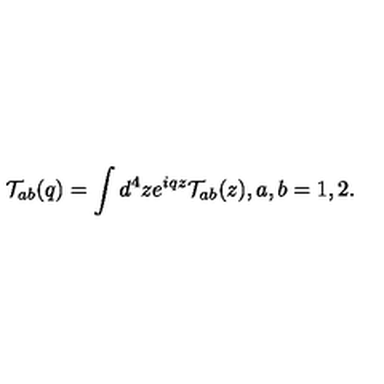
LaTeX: { \cal T } _ { a b } ( q ) = \int d ^ { 4 } z e ^ { i q z } { \cal T } _ { a b } ( z ) , a , b = 1 , 2 .